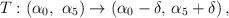
\begin{align*}T : (\alpha_{0},\,\, \alpha_{5}) \rightarrow (\alpha_{0}-\delta,\, \alpha_{5}+\delta)\,, \end{align*}